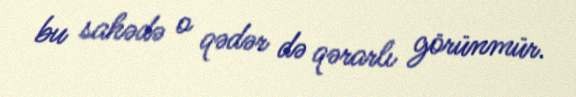
bu sahədə o qədər də qərarlı görünmür.